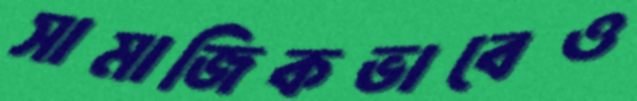
সামাজিকভাবেও